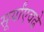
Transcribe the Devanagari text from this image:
सूर्यांएवढे